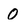
Character: O